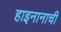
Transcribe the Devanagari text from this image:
हाइनानाची